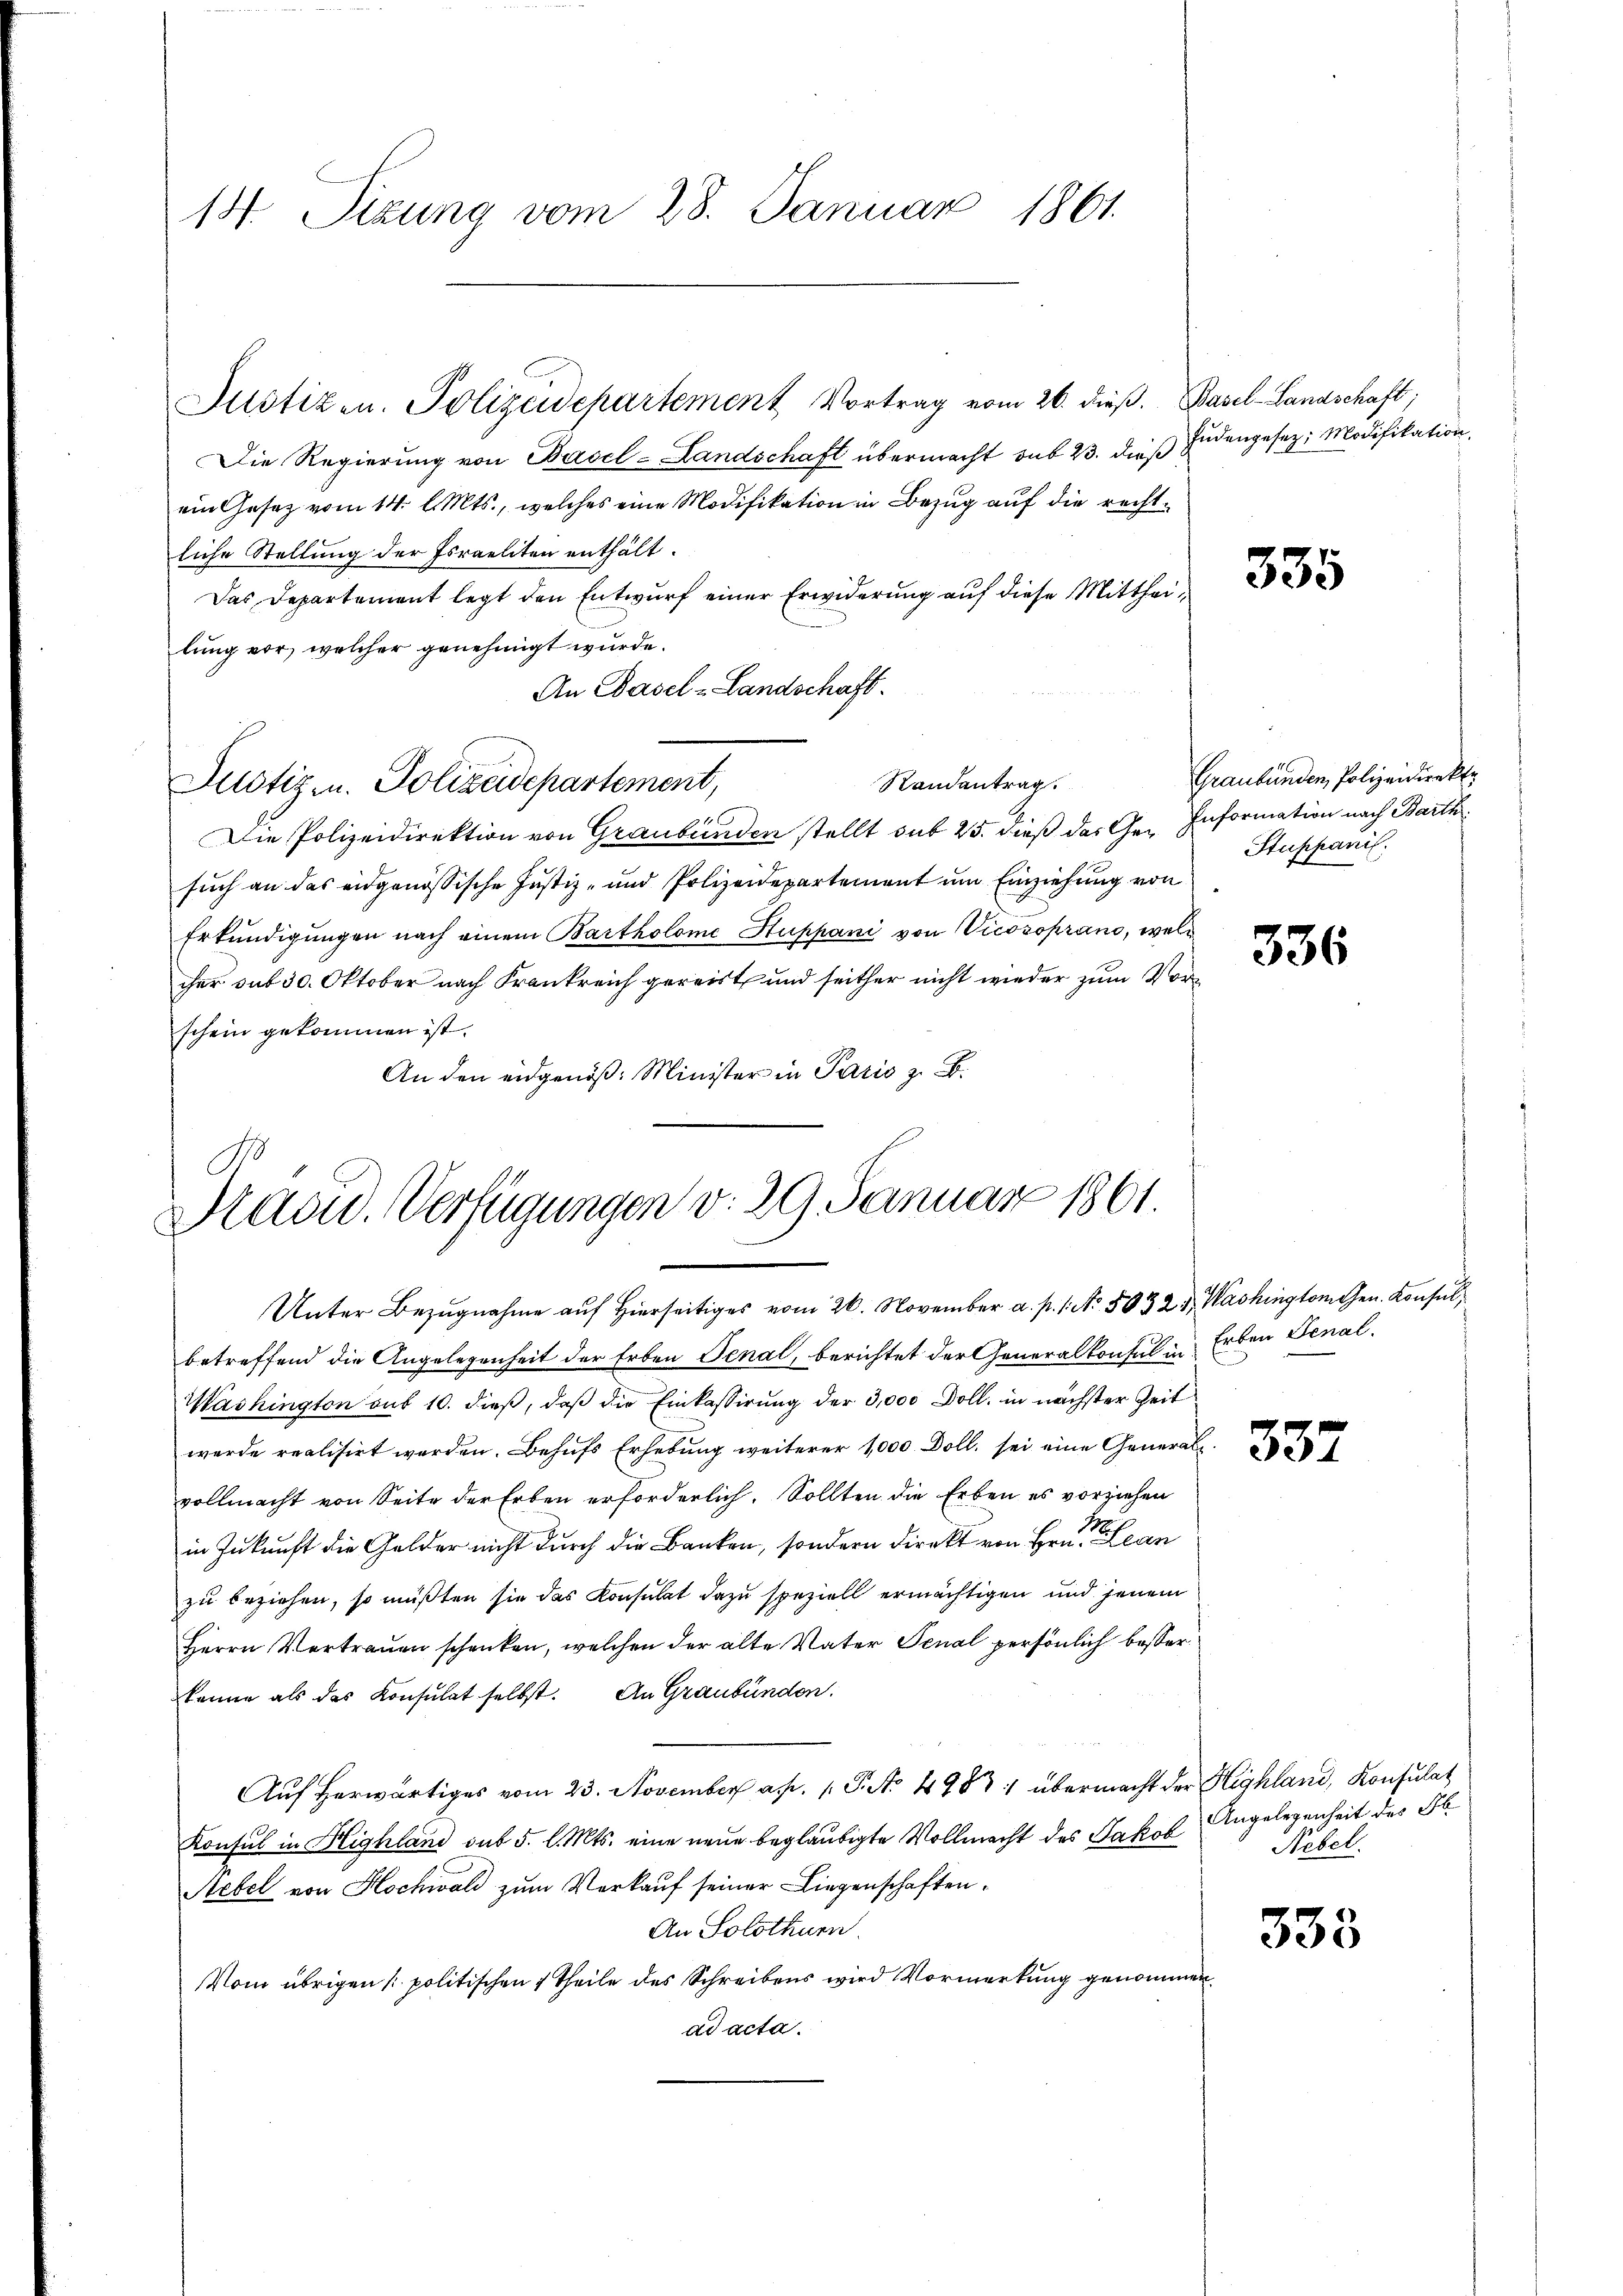
14. Sizung vom 28. Januar 1861.

Justizen. Polizeidepartement Vortrag vom 26. dieβ. Basel-Landschaft;

Justiz u. Polizeidepartement,

Die Regierung von Basel-Landschaft übermacht sub 23. dieß Judengesez: Modifikation,
ein Gesetz vom 14. d. Mts., welches eine Modifikation in Bezug auf die rechtliche Stellung der Israeliten enthält.
Das Departement legt den Entwurf einer Erwiderung auf diese Mittheilung vor, welcher genehmigt wurde.
An Basel-Landschaft.
Die Polizeidirektion von Graubünden stellt sub 25. dieß das Ge- Information nach Barth
such an das eidgenössische Justiz- und Polizeidepartement um Einziehung von
Erkundigungen nach einem Bartholome Stuppani von Vicosoprano, wolcher sub 30. Oktober nach Frankreich gereist und seither nicht wieder zum Vorschein gekommen ist.
An den eidgenöß: Minister in Paris z. B.

Randantrag.

David. Verfügungen d. 29. Januar 1861.
Unter Bezugnahme auf hierseitiges vom 26. November a. p. 1. No. 50321, Washingtomchen. Konsul¬

betreffend die Angelegenheit der Erben Senal, berichtet der Generalkonsul u. Erben Senal.
Washington aus 10. dieß, daß die Einkassirung der 3,000 Doll. in nächster Zeit
wurde realisirt werden. Behufs Erhebung weiterer 1000 Doll, sei eine Generalvollmacht von Seite der Erben erforderlich. Sollten die Erben es vorziehen
in Zukunft die Gelder nicht durch die Banken, sondern direkt von Hrn. Lan
zu beziehen, so müßten sie das Konsulat dazu speziell ermächtigen und jenem
Herrn Vertrauen schenken, welchen der alte Vater Senal persönlich besserkönne als das Konsulat selbst. An Graubünden.
Auf herwärtiges vom 23. November a. 1. P. No. 4983: übermacht der Highland, Konsulat
Konsul in Highland sub 5. l. Mts. eine neue beglaubigte Vollmacht des Jakob
Stebel von Hochwald zum Verkauf seiner Liegenschaften¬
An Solothurn.
Vom übrigen politischen 1 Theile des Schreibens wird Vormerkung genommen
ad acta.

335

Graubünden, Polizeidirekte
Stuppanil

336

337

Angelegenheit des Pl
Nebel.

333